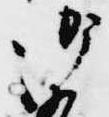
御